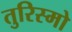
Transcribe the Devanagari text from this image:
तुरिस्मो